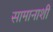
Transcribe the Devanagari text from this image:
सामानाशी